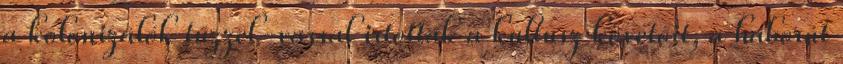
a kolonizálók tűzzel-vassal irtották a kultusz követőit, a háborút